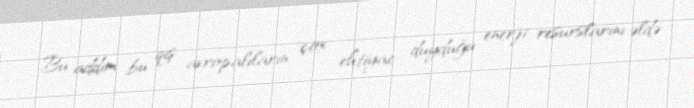
Bu addım bu qış avropalıların çox ehtiyac duyduğu enerji resurslarını əldə